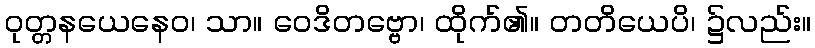
ဝုတ္တနယေနေဝ၊ သာ။ ဝေဒိတဗ္ဗော၊ ထိုက်၏။ တတိယေပိ၊ ၌လည်း။